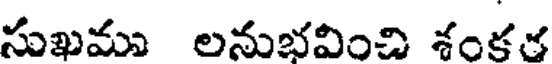
సుఖము లనుభవించి శంకర